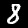
Label: 8